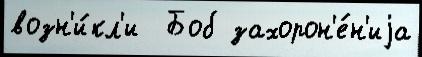
возн'и́кл'и  Боб захорон'е́н'иjа